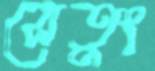
সেতুং